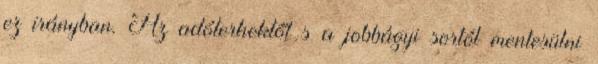
ez irányban. Az adóterhektől s a jobbágyi sortól mentesülni